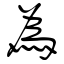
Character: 為